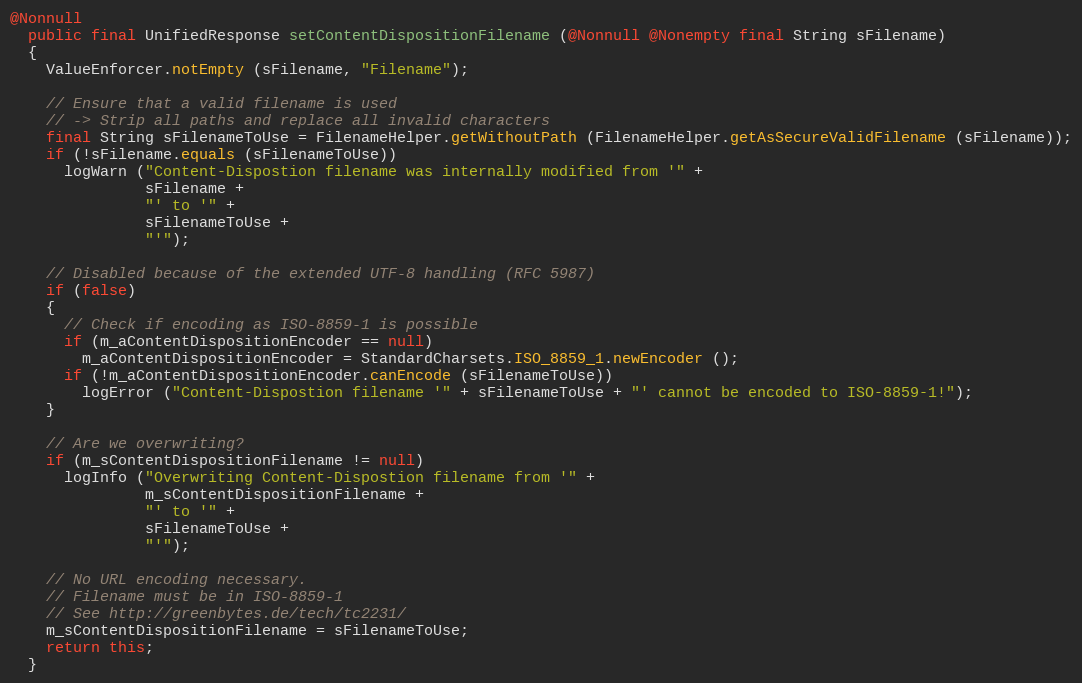
Language: Java
@Nonnull
  public final UnifiedResponse setContentDispositionFilename (@Nonnull @Nonempty final String sFilename)
  {
    ValueEnforcer.notEmpty (sFilename, "Filename");

    // Ensure that a valid filename is used
    // -> Strip all paths and replace all invalid characters
    final String sFilenameToUse = FilenameHelper.getWithoutPath (FilenameHelper.getAsSecureValidFilename (sFilename));
    if (!sFilename.equals (sFilenameToUse))
      logWarn ("Content-Dispostion filename was internally modified from '" +
               sFilename +
               "' to '" +
               sFilenameToUse +
               "'");

    // Disabled because of the extended UTF-8 handling (RFC 5987)
    if (false)
    {
      // Check if encoding as ISO-8859-1 is possible
      if (m_aContentDispositionEncoder == null)
        m_aContentDispositionEncoder = StandardCharsets.ISO_8859_1.newEncoder ();
      if (!m_aContentDispositionEncoder.canEncode (sFilenameToUse))
        logError ("Content-Dispostion filename '" + sFilenameToUse + "' cannot be encoded to ISO-8859-1!");
    }

    // Are we overwriting?
    if (m_sContentDispositionFilename != null)
      logInfo ("Overwriting Content-Dispostion filename from '" +
               m_sContentDispositionFilename +
               "' to '" +
               sFilenameToUse +
               "'");

    // No URL encoding necessary.
    // Filename must be in ISO-8859-1
    // See http://greenbytes.de/tech/tc2231/
    m_sContentDispositionFilename = sFilenameToUse;
    return this;
  }